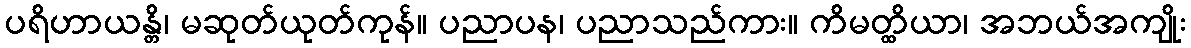
ပရိဟာယန္တိ၊ မဆုတ်ယုတ်ကုန်။ ပညာပန၊ ပညာသည်ကား။ ကိမတ္ထိယာ၊ အဘယ်အကျိုး